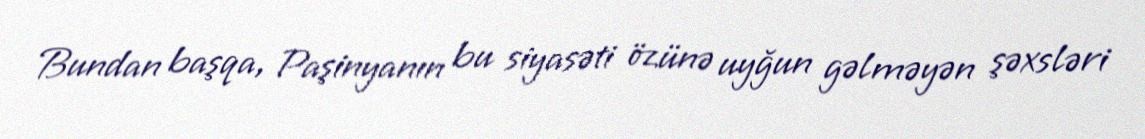
Bundan başqa, Paşinyanın bu siyasəti özünə uyğun gəlməyən şəxsləri